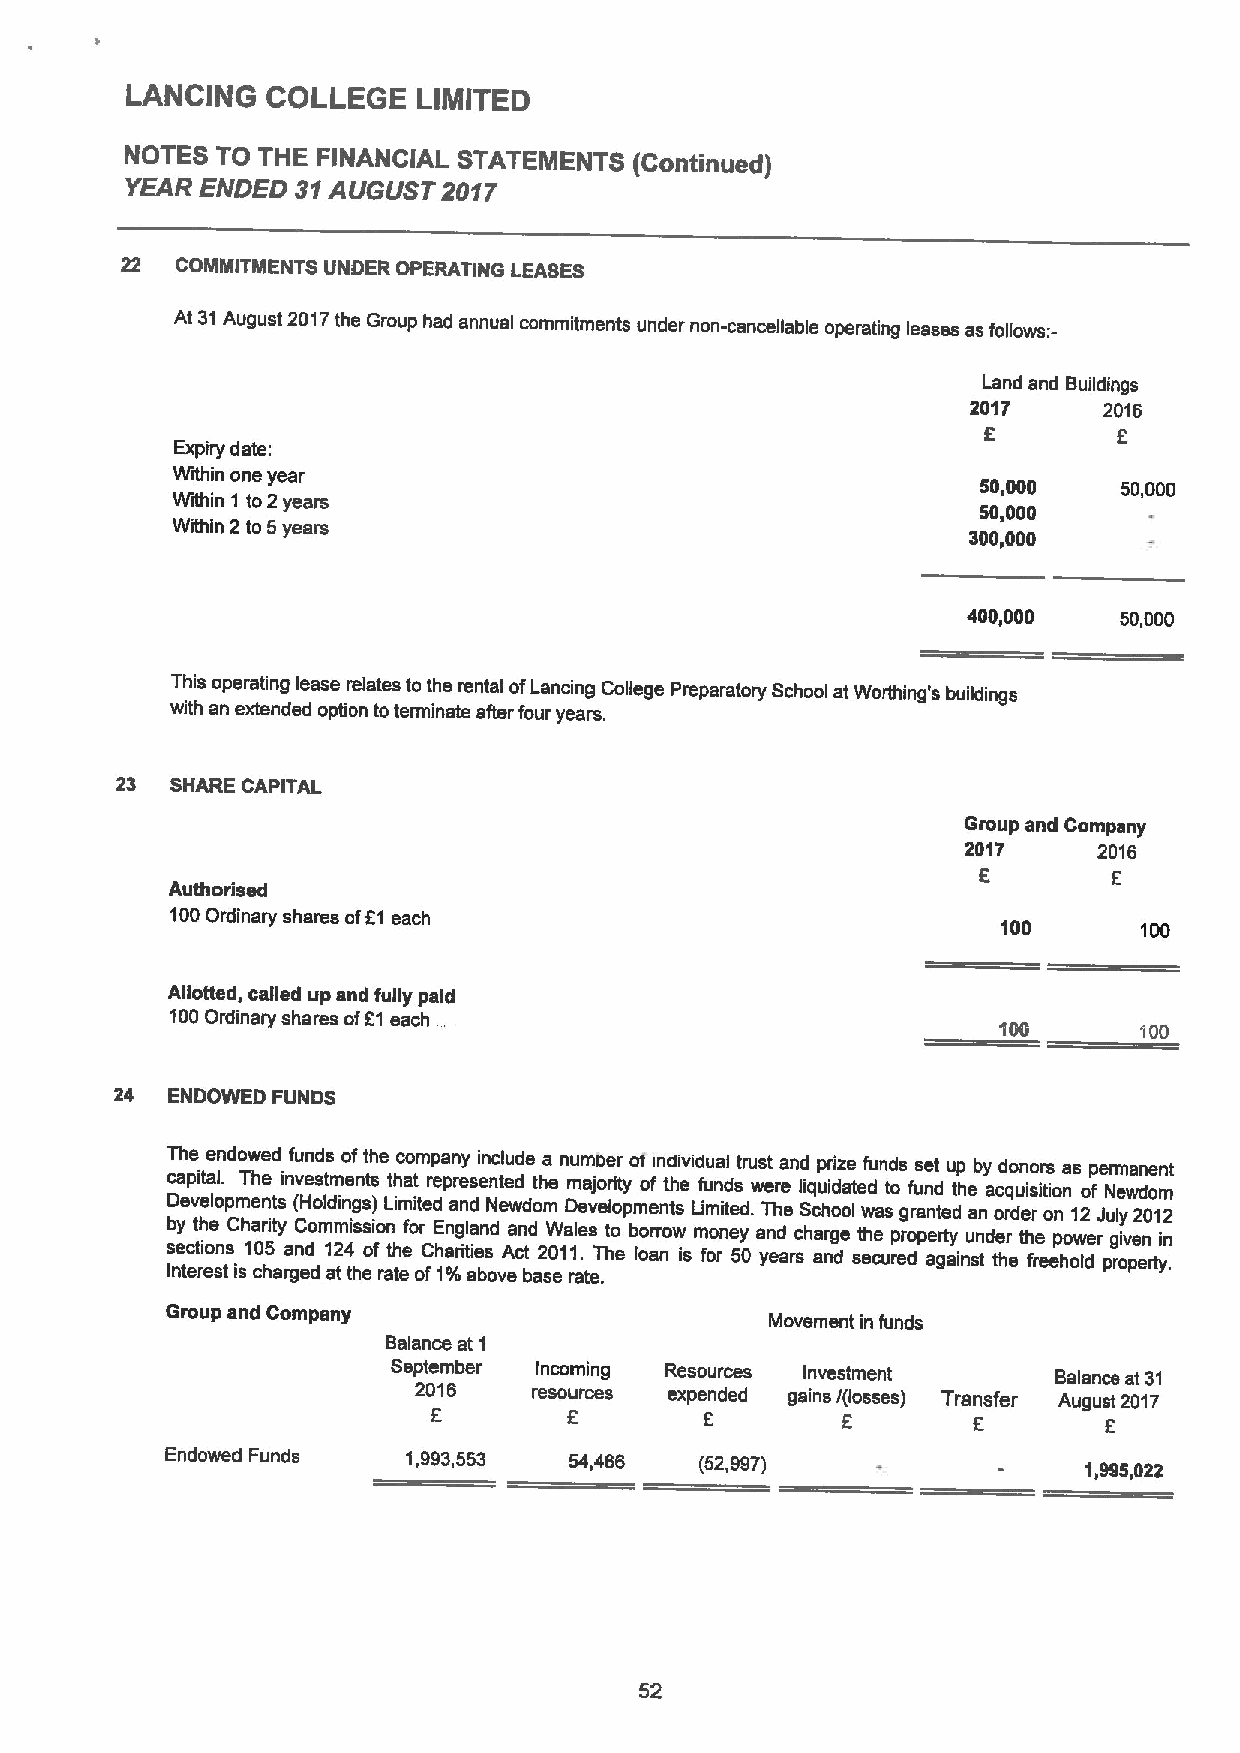
LANCING   COLLEGE   LIMITED
 NOTES TO THE FINANCIAL STATEMENTS (Continued)
 YEAR ENDED  31AUGUST 2017
 22  COMMITMENTS UNDER OPERATING LEASES
 At 31August 2017the Group had annual commitments under non-cancellable operating leases as follows:-
 Land and Buildings
 2017     2016
 f        f
 Expiry date:
 Within one year
 50,000   50,000
 Within 1 to2years
 50,000
 Within 2 to 5years
 300,000
 400,000   50,000
 This operating lease relates to the rental ofLancing College Preparatory School at Woithing's buildings
 with an extended option toterminate aRer four years.
 23 SHARE CAPITAL
 Group and Company
 2017     2016
 f        f
 Authorised
 100Ordinary shares off1 each
 100       100
 Allotted, called up and fully paid
 100Ordinary shares off1each
 100
 24 ENDOWED FUNDS
 The endowed funds ofthe company include a number of individual trust and prize funds set up by donors as permanent
 capital. The investments that represented the majodty of the funds were liquidated to fund the acquisition of Newdom
 Developments (Holdings) Limited and Newdom Developments Limited. The School was granted an order on 12July 2012
 b s Iney tc ett rih eoe sn tsC ih s1a cr 0i ht 5 ay ra gn eC d dom 1 am t2i 4 ts hs ei oo fn rath teefo or C fhE I'an /org itl ia aen bsd ovA ea cn t bd a2 sW 0 e1a r1l ae . ts eT .hto eb lo or ar now ism foo rne 5y 0a yn ed arscha ar ng de st eh ce urp er dope ar gty ainsu tnde thr eth fre eep ho ow lder pg roiv pe en rtyi .n
 Group and Company
 Movement in funds
 Balance at 1
 September Incoming Resources Investment     Balance at 31
 20 F16  resou frces expen fded gains /(losses) Tran fsfer August f2017
 Endowed Funds   1,993,553  54,466  (52,997)                  1,995,022
 52